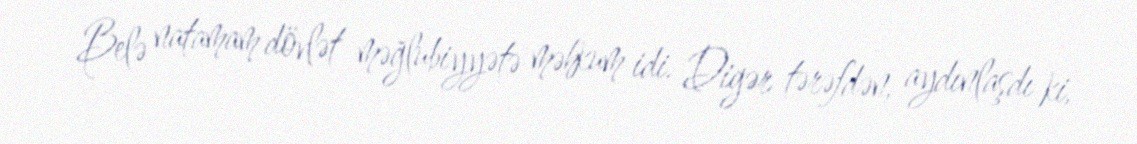
Belə natamam dövlət məğlubiyyətə məhkum idi. Digər tərəfdən, aydınlaşdı ki,